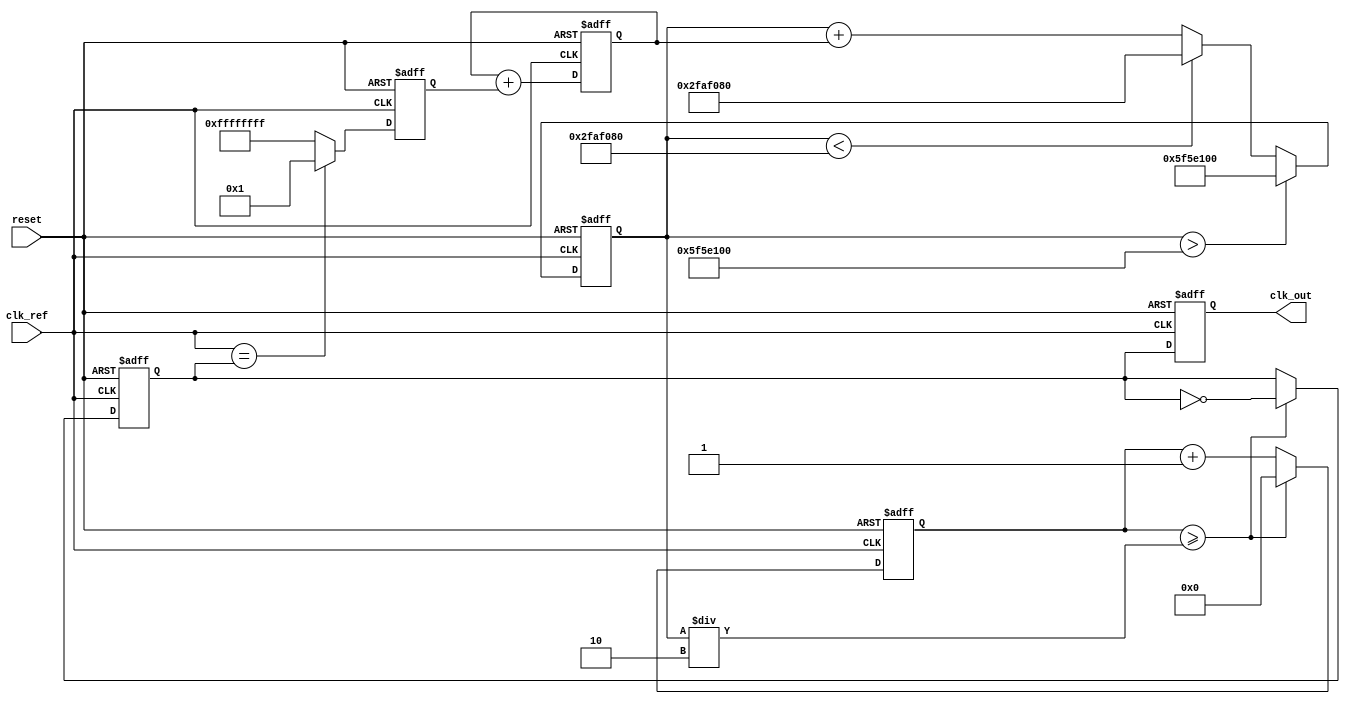
module parameterized_PLL #(
    parameter REF_FREQ = 50_000_000,   // Reference frequency in Hz
    parameter MULT_FACTOR = 4,          // Multiplication factor
    parameter DIV_FACTOR = 2,           // Division factor
    parameter FILTER_TYPE = 1,           // 1: first-order, 2: second-order
    parameter VCO_RANGE = 100_000_000   // VCO frequency range in Hz
)(
    input wire clk_ref,                  // Reference clock input
    input wire reset,                    // Asynchronous reset
    output reg clk_out                   // Output clock signal
);

    // Internal signals
    reg [31:0] vco_freq;                 // VCO frequency
    reg [31:0] control_voltage;           // Control voltage from loop filter
    reg [31:0] phase_error;               // Phase error signal
    reg clk_div;                          // Divided clock signal
    reg [31:0] divider_count;             // Divider count for feedback

    // Phase Detector
    always @(posedge clk_ref or posedge reset) begin
        if (reset) begin
            phase_error <= 0;
        end else begin
            // Simple phase detector implementation
            phase_error <= (clk_ref == clk_div) ? 1 : -1; // Basic phase comparison
        end
    end

    // Loop Filter (First-order for simplicity)
    always @(posedge clk_ref or posedge reset) begin
        if (reset) begin
            control_voltage <= 0;
        end else begin
            if (FILTER_TYPE == 1) begin
                control_voltage <= control_voltage + phase_error; // Simple integrator
            end
            // Add more filter types as needed
        end
    end

    // Voltage-Controlled Oscillator (VCO)
    always @(posedge clk_ref or posedge reset) begin
        if (reset) begin
            vco_freq <= REF_FREQ * MULT_FACTOR;
        end else begin
            // Adjust VCO frequency based on control voltage
            vco_freq <= vco_freq + control_voltage;
            // Clamp frequency to the VCO range
            if (vco_freq > VCO_RANGE)
                vco_freq <= VCO_RANGE;
            else if (vco_freq < REF_FREQ)
                vco_freq <= REF_FREQ;
        end
    end

    // Divider (Feedback)
    always @(posedge clk_ref or posedge reset) begin
        if (reset) begin
            divider_count <= 0;
            clk_div <= 0;
        end else begin
            divider_count <= divider_count + 1;
            if (divider_count >= (vco_freq / DIV_FACTOR)) begin
                clk_div <= ~clk_div; // Toggle divided clock
                divider_count <= 0;
            end
        end
    end

    // Output Clock Generation
    always @(posedge clk_ref or posedge reset) begin
        if (reset) begin
            clk_out <= 0;
        end else begin
            clk_out <= clk_div; // Output the divided clock
        end
    end

endmodule